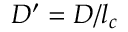
D ^ { \prime } = D / l _ { c }